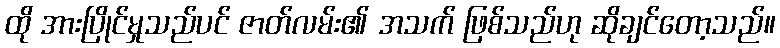
ထို အားပြိုင်မှုသည်ပင် ဇာတ်လမ်း၏ အသက် ဖြစ်သည်ဟု ဆိုချင်တော့သည်။